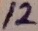
Text: 12